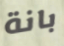
بانة